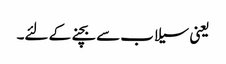
یعنی سیلاب سے بچنے کے لئے۔